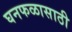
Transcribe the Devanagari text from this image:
घनफळासाठी